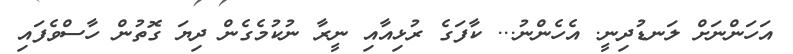
އަހަންނަށް ލަނޑުދިނީ. އެހެންނު... ކާފަގެ ރުޅިއާއި ނީރާ ނުކުމެގެން ދިޔަ ގޮތުން ހާސްވެފައި